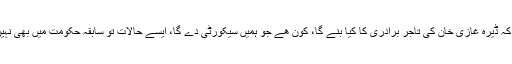
شہری کہتے ہیں کہ ڈیرہ غازی خان کی تاجر برادری کا کیا بنے گا، کون ھے جو ہمیں سیکورٹی دے گا، ایسے حالات تو سابقہ حکومت میں بھی نہیں تھے جواب ہیں۔